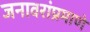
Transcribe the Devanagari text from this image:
जनावरांप्रमाणे